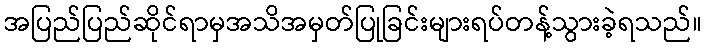
အပြည်ပြည်ဆိုင်ရာမှအသိအမှတ်ပြုခြင်းများရပ်တန့်သွားခဲ့ရသည်။